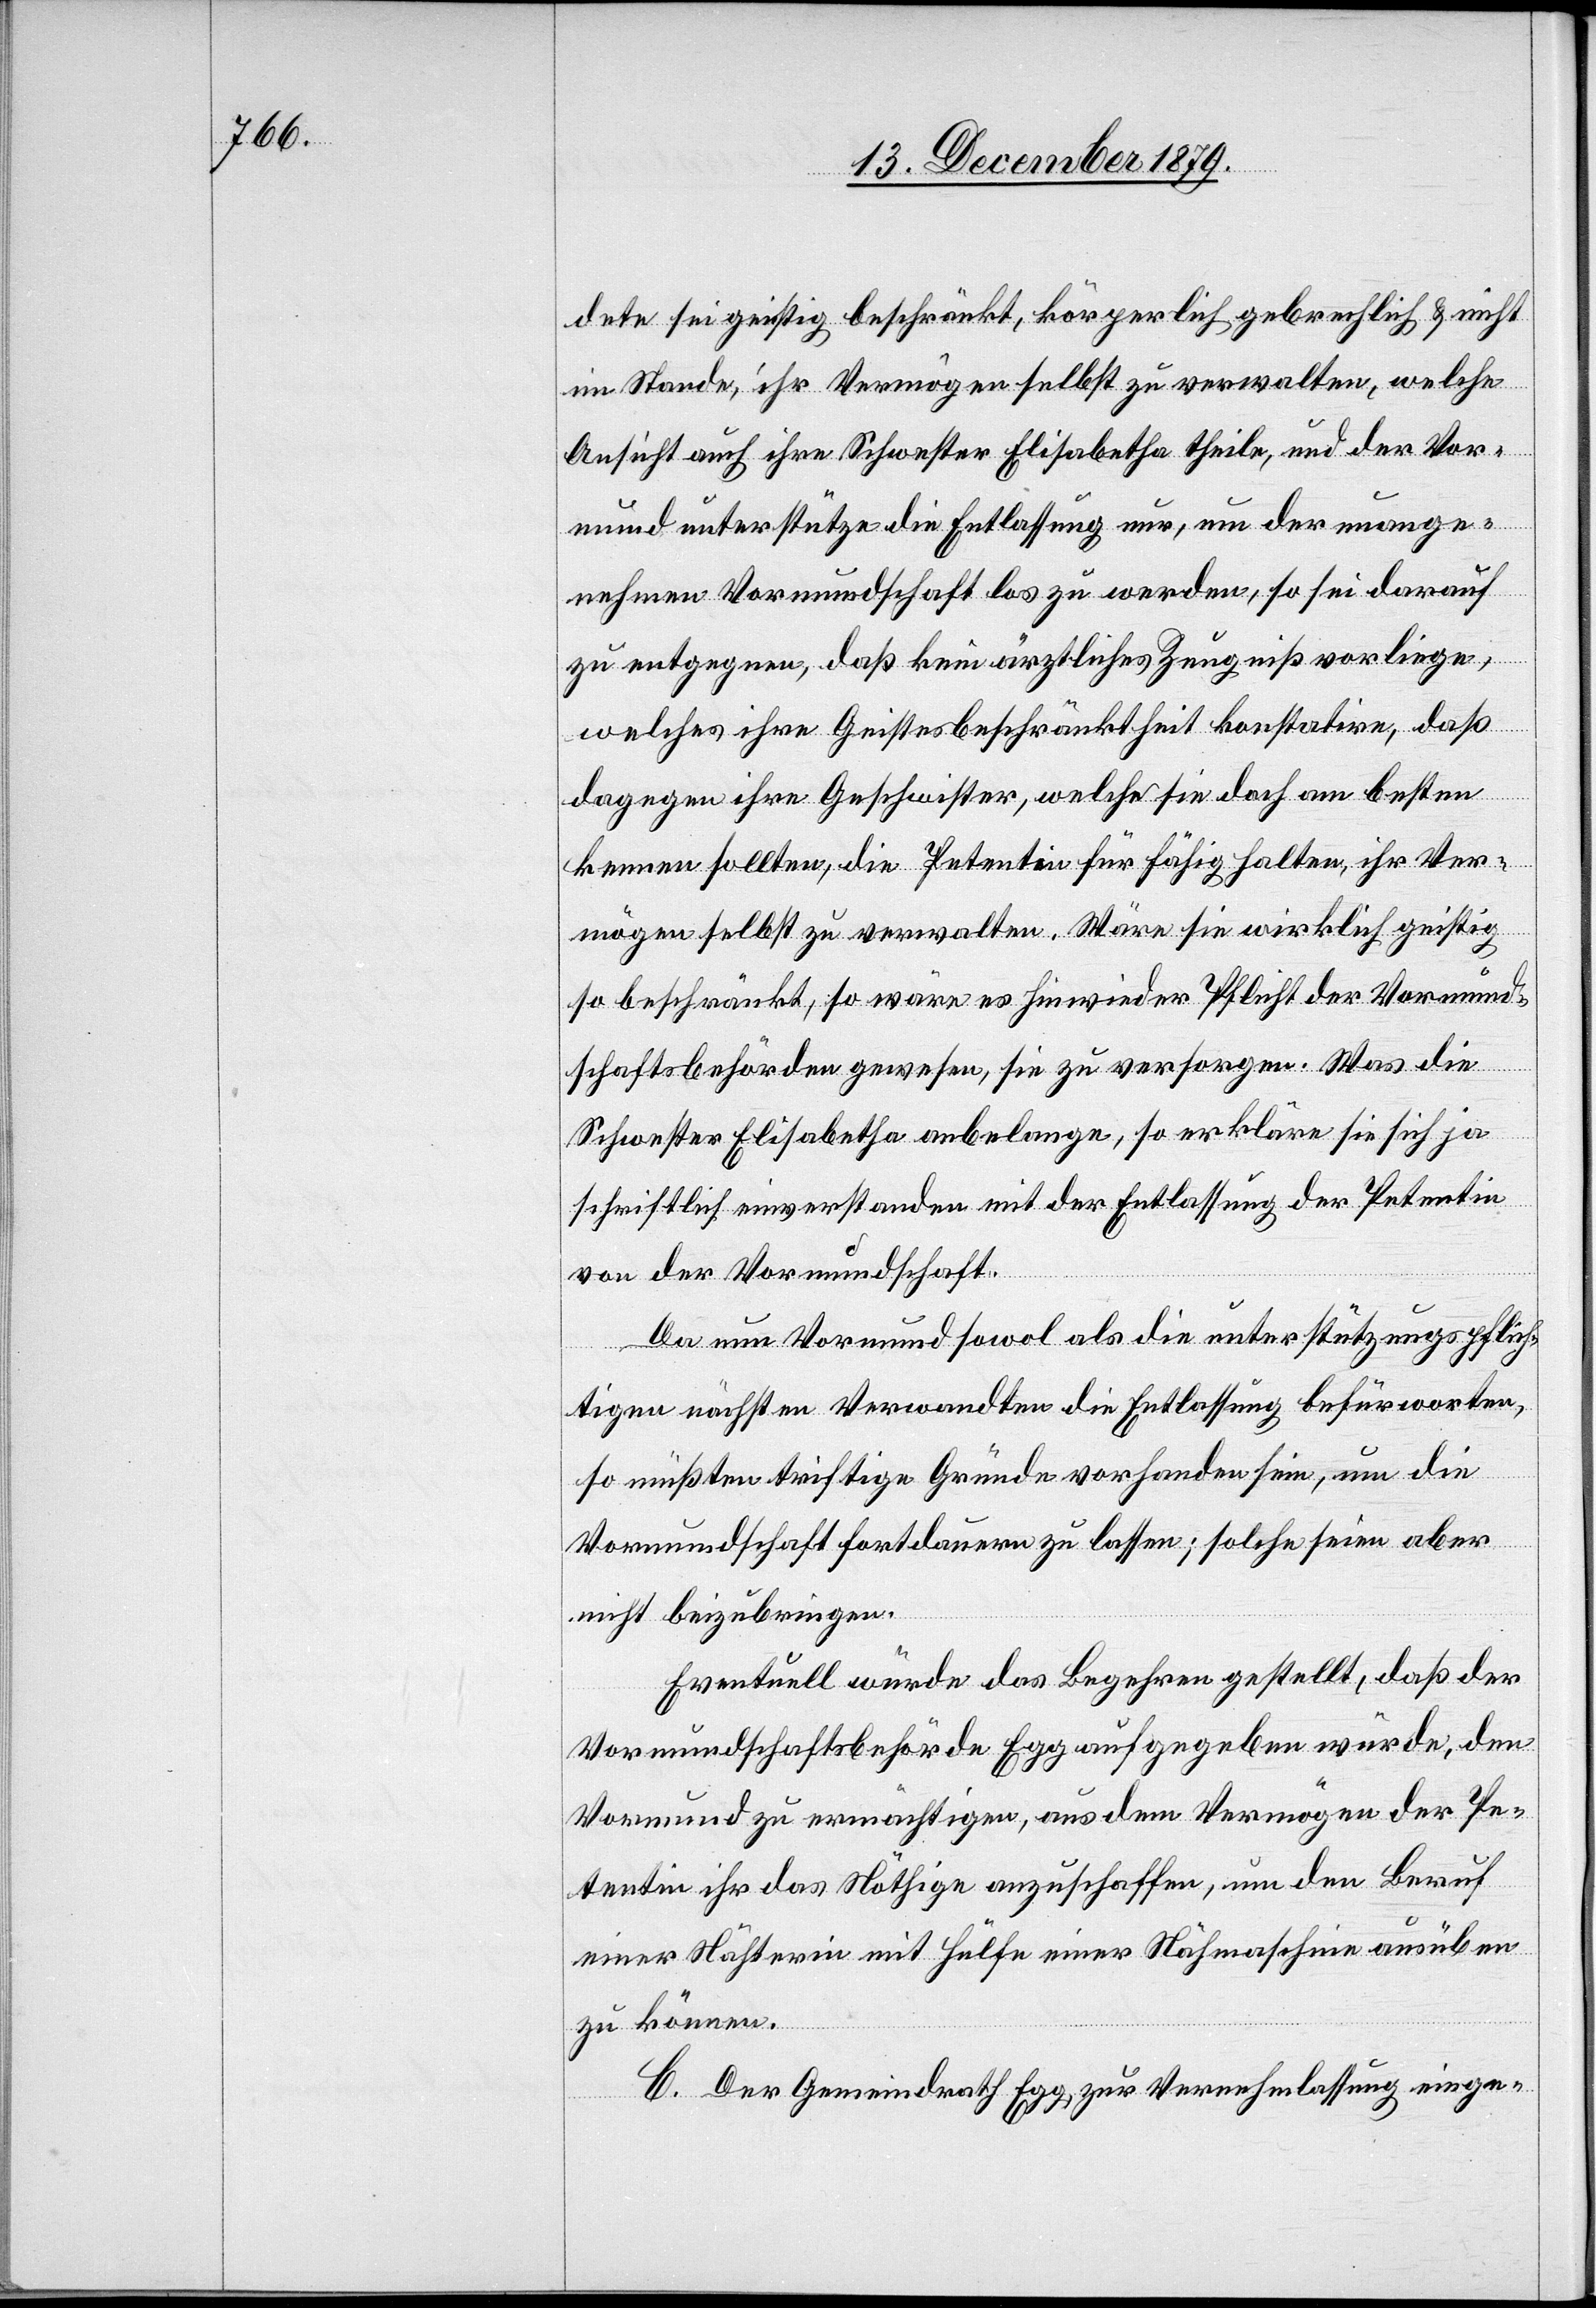
dete sei geistig beschränkt, körperlich gebrechlich & nicht
im Stande, ihr Vermögen selbst zu verwalten, welche
Ansicht auch ihre Schwester Elisabetha theile, und der Vor¬
mund unterstütze die Entlassung nur, um der unange¬
nehmen Vormundschaft los zu werden, so sei darauf
zu entgegnen, daß kein ärztliches Zeugniß vorliege,
welches ihre Geistesbeschränktheit konstatire, daß
dagegen ihre Geschwister, welche sie doch am besten
kennen sollten, die Petentin für fähig halten, ihr Ver¬
mögen selbst zu verwalten. Wäre sie wirklich geistig
so beschränkt, so wäre es hinwieder Pflicht der Vormund¬
schaftsbehörden gewesen, sie zu versorgen. Was die
Schwester Elisabetha anbelange, so erkläre sie sich ja
schriftlich einverstanden mit der Entlassung der Petentin
von der Vormundschaft.
Da nun Vormund sowol als die unterstützungspflich¬
tigen nächsten Verwandten die Entlassung befürworten,
so müßten triftige Gründe vorhanden sein, um die
Vormundschaft fortdauern zu lassen; solche seien aber
nicht beizubringen.
Eventuell würde das Begehren gestellt, daß der
Vormundschaftsbehörde Egg aufgegeben würde, den
Vormund zu ermächtigen, aus dem Vermögen der Pe¬
tentin ihr das Nöthige anzuschaffen, um den Beruf
einer Näherin mit Hülfe einer Nähmaschine ausüben
zu können.
C. Der Gemeindrath Egg, zur Vernehmlassung einge-